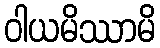
ဝါယမိဿာမိ